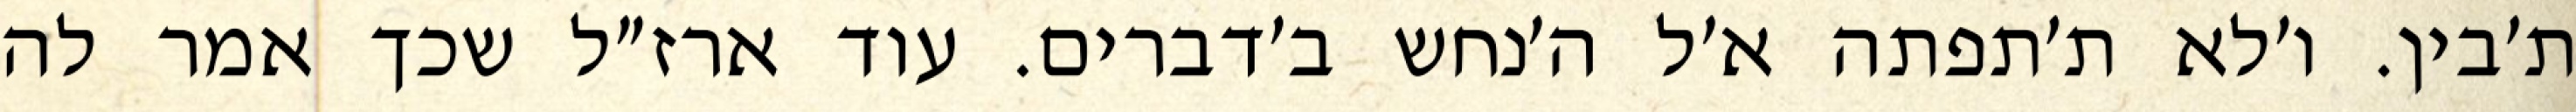
ת׳בין. ו׳לא ת׳תפתה א׳ל ה׳נחש ב׳דברים. עוד ארז״ל שכך אמר לה